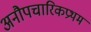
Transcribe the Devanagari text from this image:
अनौपचारिकप्रथम